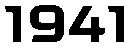
1941